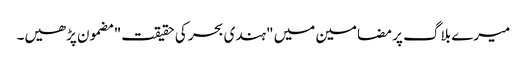
میرے بلاگ پر مضامین میں "ہندی بحر کی حقیقت" مضمون پڑھیں۔